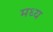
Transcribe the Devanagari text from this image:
मध्य